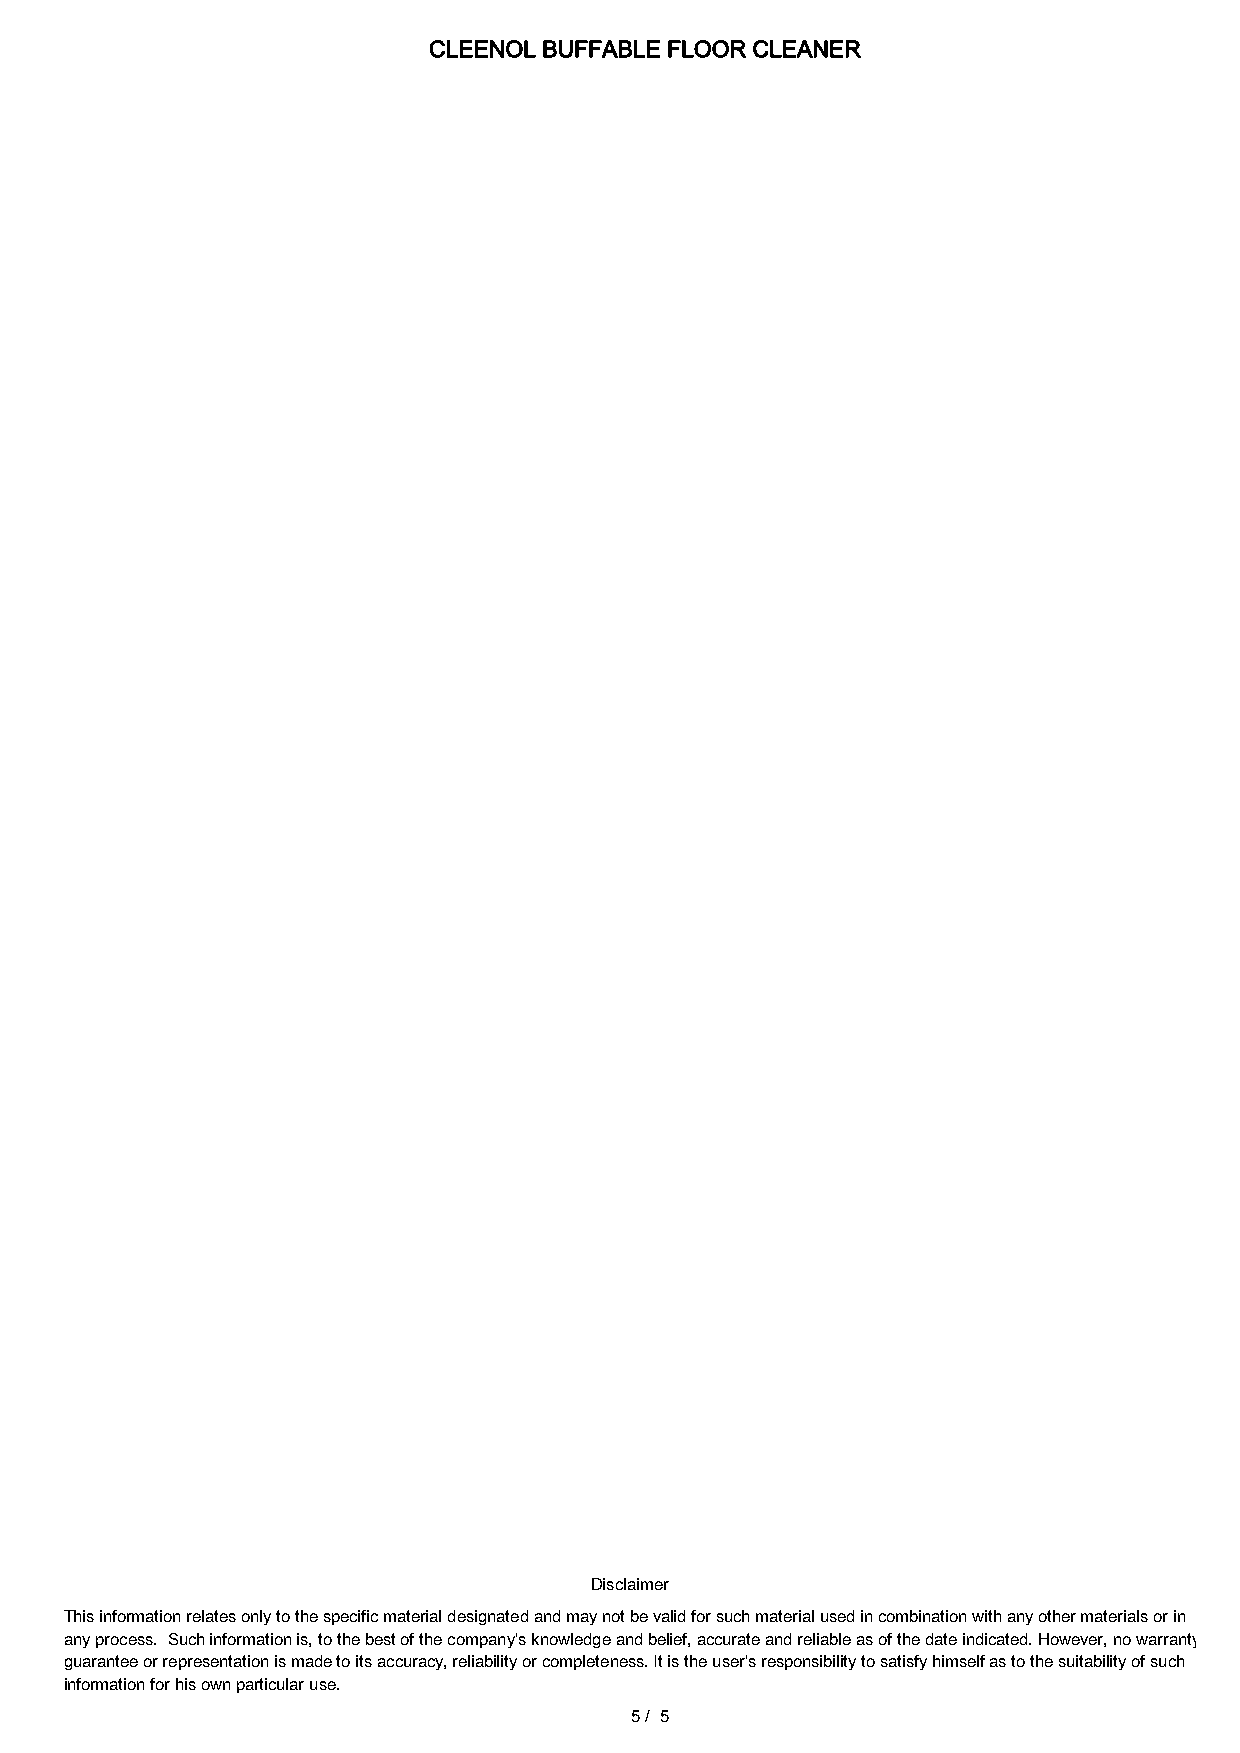
CLEENOL BUFFABLE FLOOR CLEANER
 Disclaimer
 This information relates only to the specific material designated and may not be valid for such material used in combination with any other materials or in
 any process. Such information is, to the best of the company's knowledge and belief, accurate and reliable as of the date indicated. However, no warranty
 guarantee or representation is made to its accuracy, reliability or completeness. It is the user's responsibility to satisfy himself as to the suitability of such
 information for his own particular use.
 5/ 5